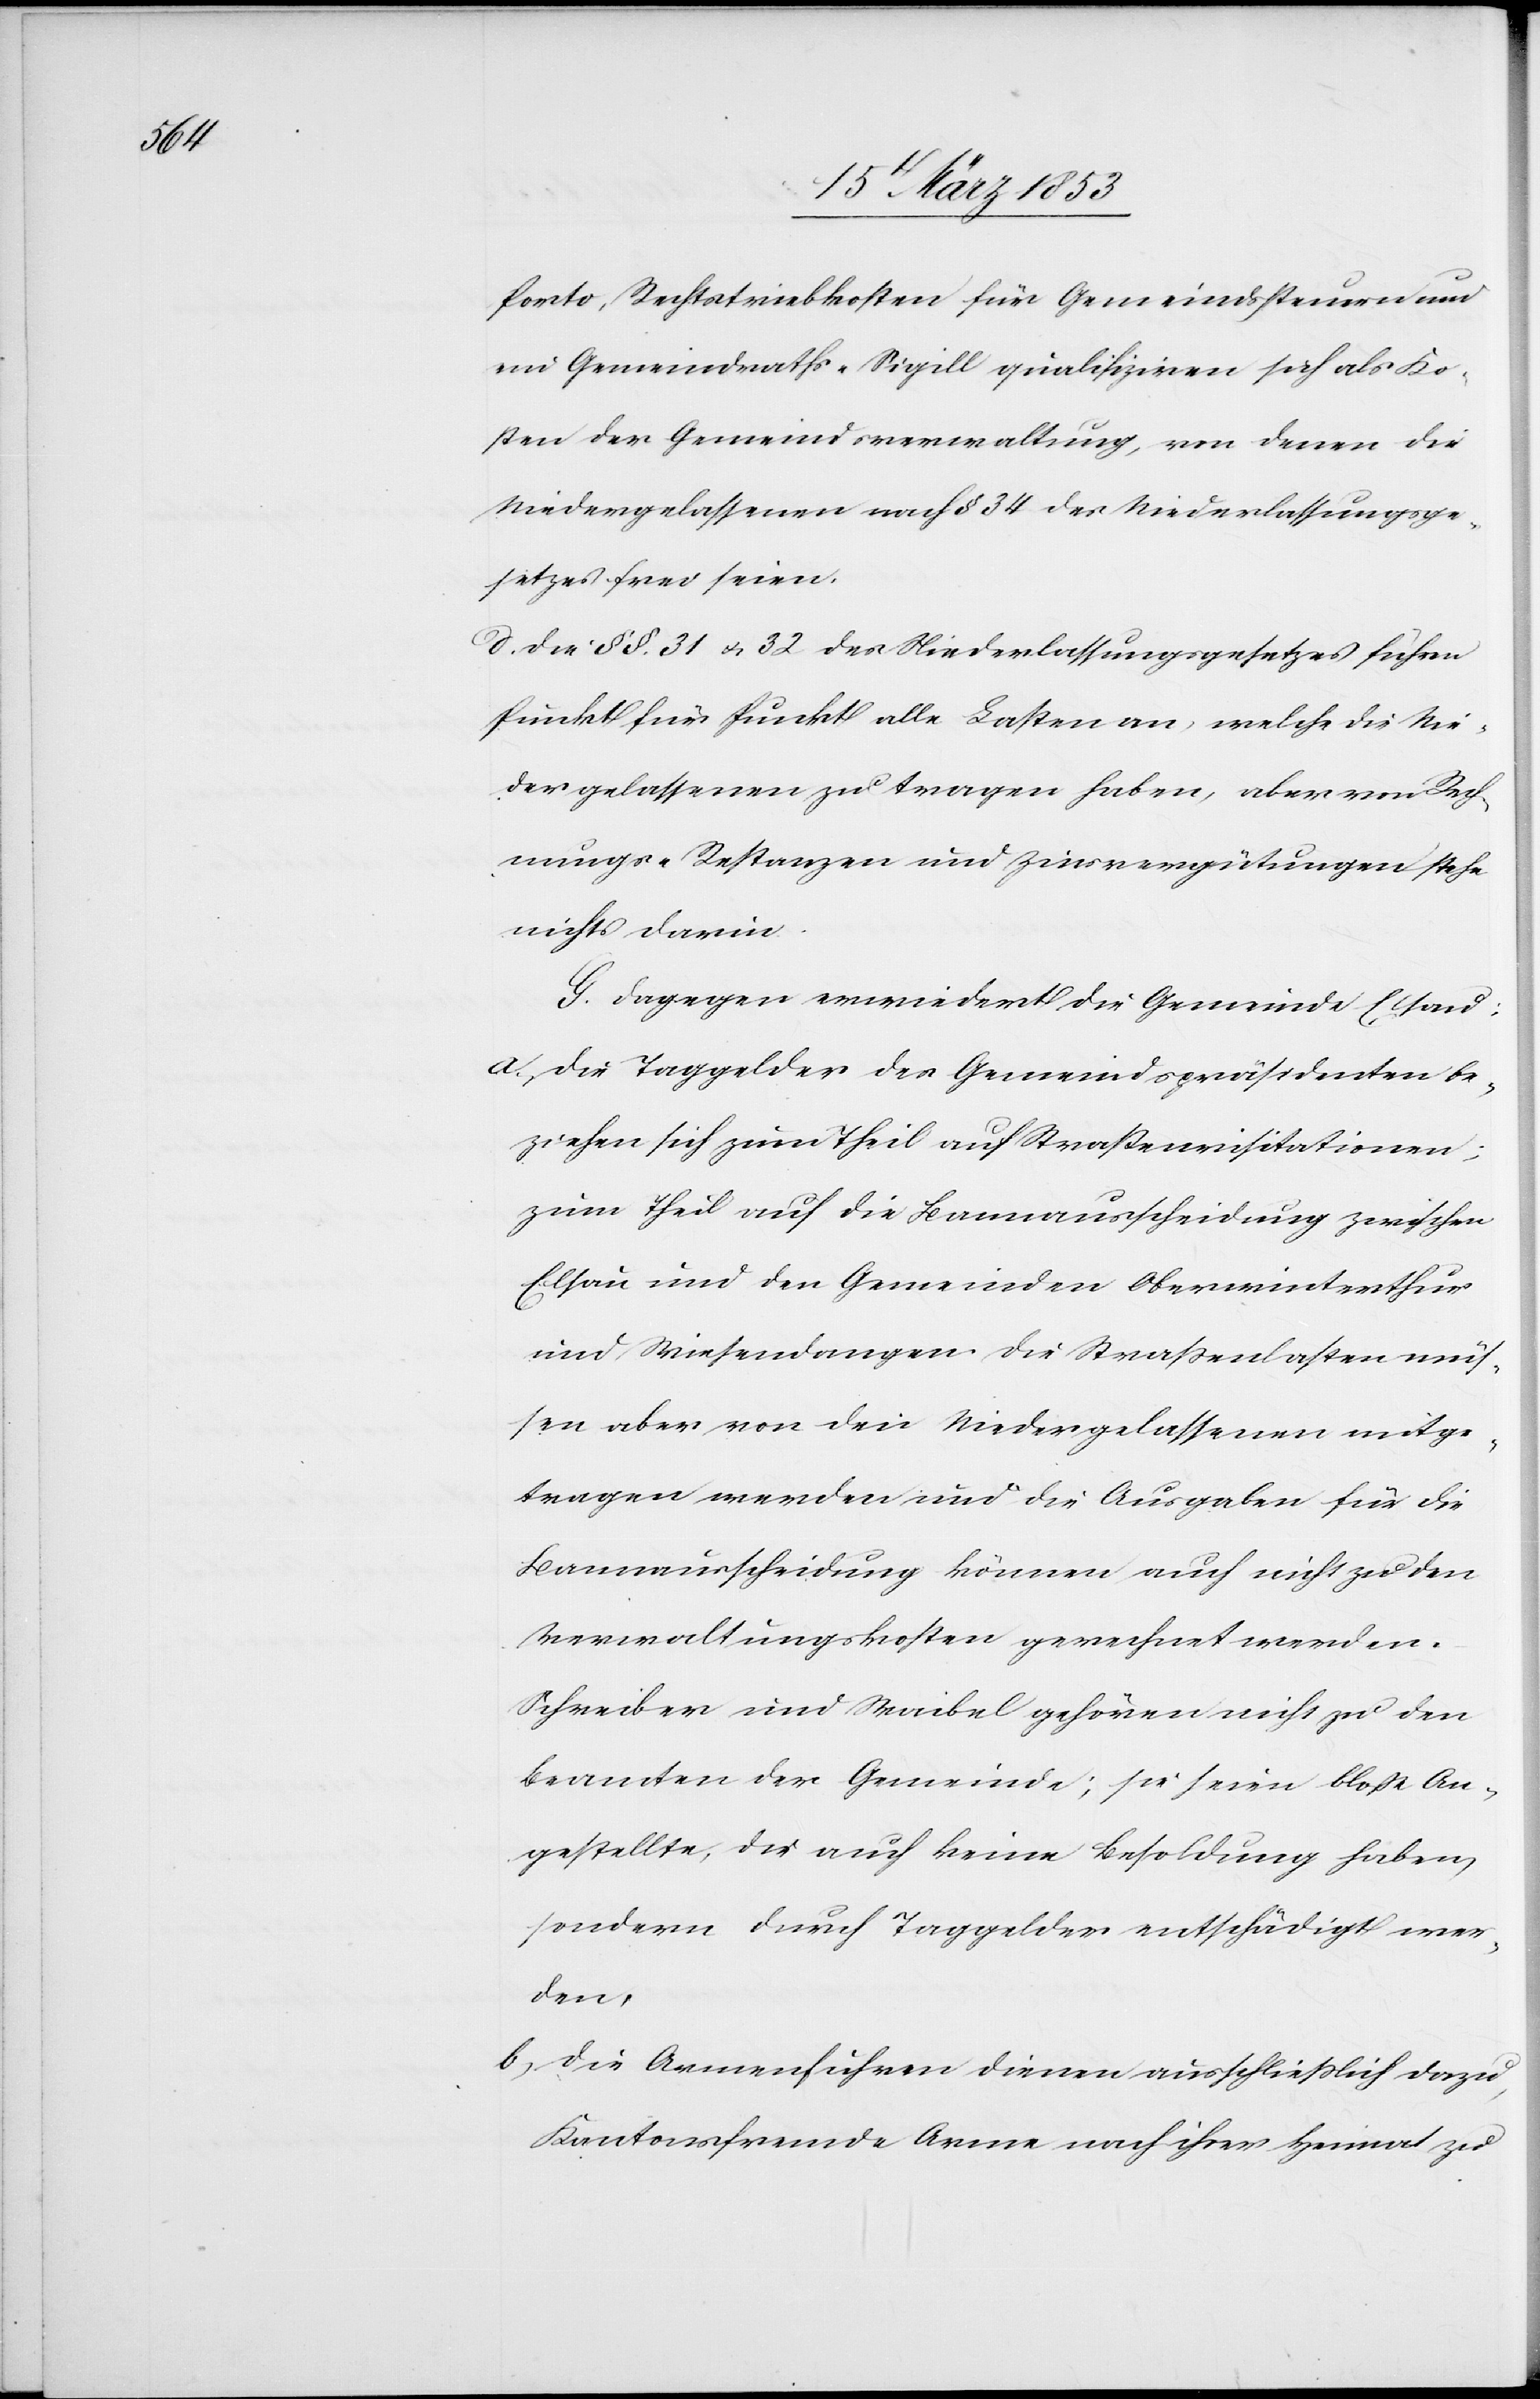
Porto, Rechtstriebkosten für Gemeindssteuern und
ein Gemeindsraths-Siqill qualifiziren sich als Ko¬
sten der Gemeindsverwaltung, von denen die
Niedergelassenen nach § 34 des Niederlassungsge¬
setzes frei seien.
d) Die §§. 31 u. 32 des Niederlassungsgesetzes führe
Punkt für Punkt alle Lasten an, welche die Nie¬
dergelassenen zu tragen haben, aber von Rech¬
nungs-Restanzen und Zinsvergütungen stehe
nichts darin.
G. Dagegen erwiedert die Gemeinde Elsau;
a) Die Taggelder des Gemeindspräsidenten be¬
ziehen sich zum Theil auf Straßenvisitationen;
zum Theil auf die Bannausscheidung zwischen
Elsau und den Gemeinden Oberwinterthur
und Wiesendangen. Die Straßenlasten müs¬
sen aber, von den Niedergelassenen mitge¬
tragen werden und die Ausgaben für die
Bannausscheidung können auch nicht zu den
Verwaltungskosten gerechnet werden.
Schreiben und Waibel gehören nicht zu den
Beamten der Gemeinde; sie seien bloß An¬
gestellte, die auch keine Besoldung haben,
sondern durch Taggelder entschädigt wer¬
den.
b) Die Armenfuhren dienen ausschließlich dazu
Kantonsfremde Arme nach ihrer Heimat zu